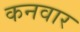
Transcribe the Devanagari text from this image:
कनवार